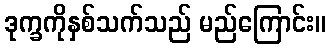
ဒုက္ခကိုနှစ်သက်သည် မည်ကြောင်း။